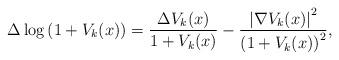
LaTeX: \begin{align*}\Delta\log\left(1+V_{k}(x)\right)=\frac{\Delta V_{k}(x)}{1+V_{k}(x)}-\frac{\left|\nabla V_{k}(x)\right|^{2}}{\left(1+V_{k}(x)\right)^{2}},\end{align*}